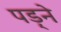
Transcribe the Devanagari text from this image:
पड़्ने